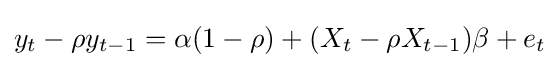
y_{t}-\rho y_{t-1}=\alpha (1-\rho )+(X_{t}-\rho X_{t-1})\beta +e_{t}